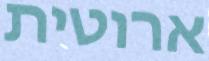
ארוטית